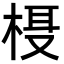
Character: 𬃁